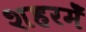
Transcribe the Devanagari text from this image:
शहरमेँ